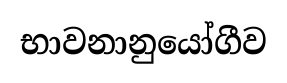
භාවනානුයෝගීව